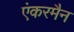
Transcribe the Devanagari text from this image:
एंकरमैन